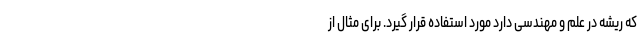
که ریشه در علم و مهندسی دارد مورد استفاده قرار گیرد. برای مثال از